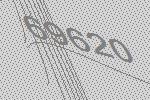
69620